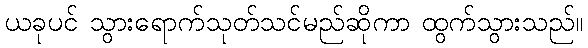
ယခုပင် သွားရောက်သုတ်သင်မည်ဆိုကာ ထွက်သွားသည်။